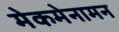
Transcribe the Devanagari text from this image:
मेकमेनामन